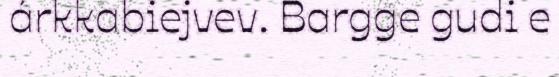
árkkabiejvev. Bargge gudi e